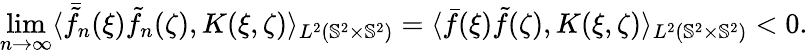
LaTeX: \underset{n\rightarrow\infty}{\operatorname*{lim}}\langle\bar{\tilde{f}}_{n}(\xi)\tilde{f}_{n}(\zeta),K(\xi,\zeta)\rangle_{L^{2}({\mathbb{S}^{2}}\times{\mathbb{S}^{2}})}=\langle\bar{f}(\xi)\tilde{f}(\zeta),K(\xi,\zeta)\rangle_{L^{2}({\mathbb{S}^{2}}\times{\mathbb{S}^{2}})}<0.